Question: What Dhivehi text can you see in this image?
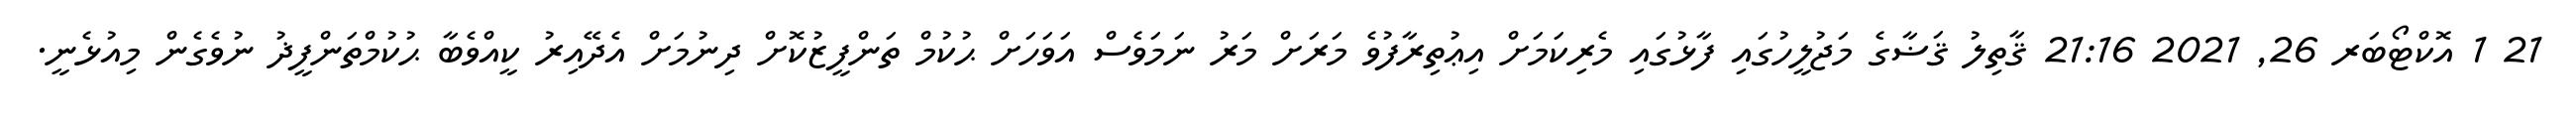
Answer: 21 1 އޮކްޓޯބަރ 26, 2021 21:16 ޤާތިލު ޤަޟާގެ މަޖުލީހުގައި ފާޅުގައި މެރިކަމަށް އިޢުތިރާފުވެ މަރަށް މަރު ނަމަވެސް އަވަހަށް ޙުކުމް ތަންފީޒުކޮށް ދިނުމަށް އެދޭއިރު ކީއްވެބާ ޙުކުމްތަންފީޛު ނުވެގެން މިއުޅެނީ.